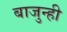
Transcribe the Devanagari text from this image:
बाजुन्ही